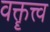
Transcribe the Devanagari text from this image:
वक्तॄत्त्व